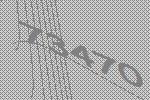
73470